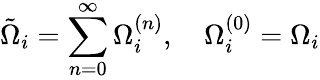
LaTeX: \tilde{\Omega}_{i}=\sum_{n=0}^{\infty}\Omega_{i}^{(n)},~~~~\Omega_{i}^{(0)}=\Omega_{i}